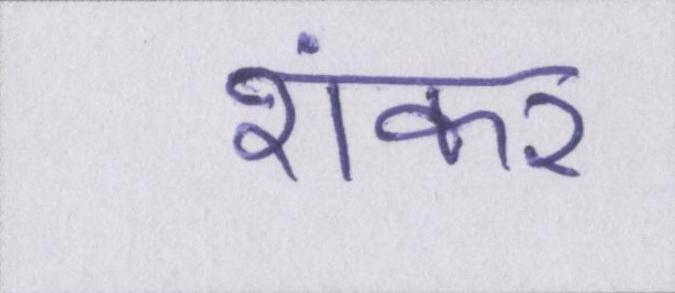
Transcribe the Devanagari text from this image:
शंकर